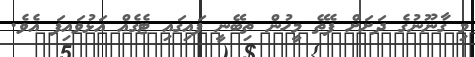
މި ގާނޫނުގެ ދަށަށް ފެތޭ މީހުން ތިބޭނީ ފައިގައި ޓެގެއް އަޅުވައިފަ އެވެ.